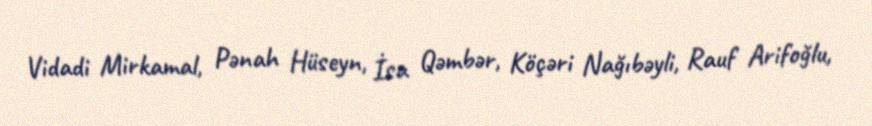
Vidadi Mirkamal, Pənah Hüseyn, İsa Qəmbər, Köçəri Nağıbəyli, Rauf Arifoğlu,